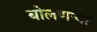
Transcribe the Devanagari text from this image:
बोलणऱ्या